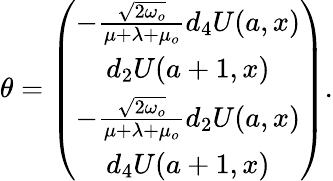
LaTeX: \theta=\left(\begin{array}{c}{{-\frac{\sqrt{2\omega_{o}}}{\mu+\lambda+\mu_{o}}d_{4}U(a,x)}}\\ {{d_{2}U(a+1,x)}}\\ {{-\frac{\sqrt{2\omega_{o}}}{\mu+\lambda+\mu_{o}}d_{2}U(a,x)}}\\ {{d_{4}U(a+1,x)}}\end{array}\right).